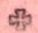
+